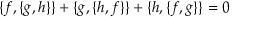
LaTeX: \{ f , \{ g , h \} \} + \{ g , \{ h , f \} \} + \{ h , \{ f , g \} \} = 0